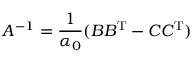
A ^ { - 1 } = { \frac { 1 } { \alpha _ { 0 } } } ( B B ^ { \operatorname { T } } - C C ^ { \operatorname { T } } )